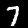
Digit: 7